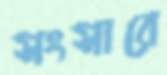
সংসারে